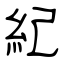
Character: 紀